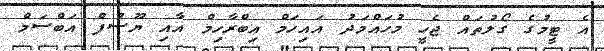
އެ ޓީމުގެ ގޯލުތައް ޖެހީ މުހައްމަދު އައިހަމް އިބްރާހިމް އާއި ޔޫސުފް އަބްސަމް